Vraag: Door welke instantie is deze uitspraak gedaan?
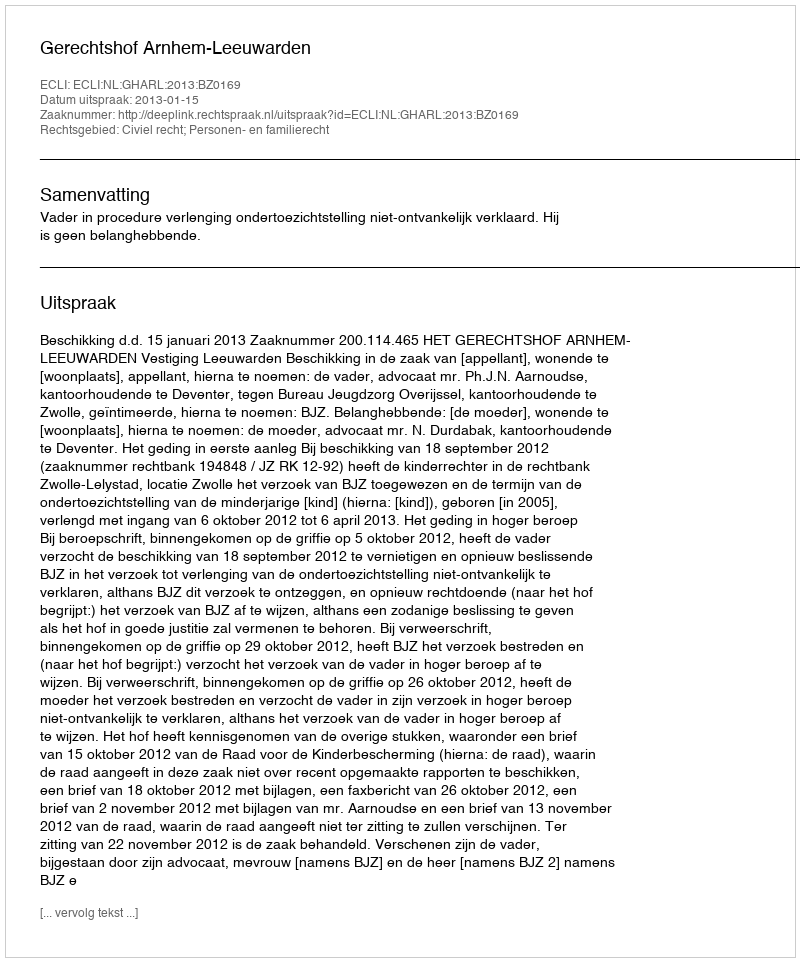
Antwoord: Gerechtshof Arnhem-Leeuwarden